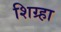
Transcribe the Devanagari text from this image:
शिग्र्हा